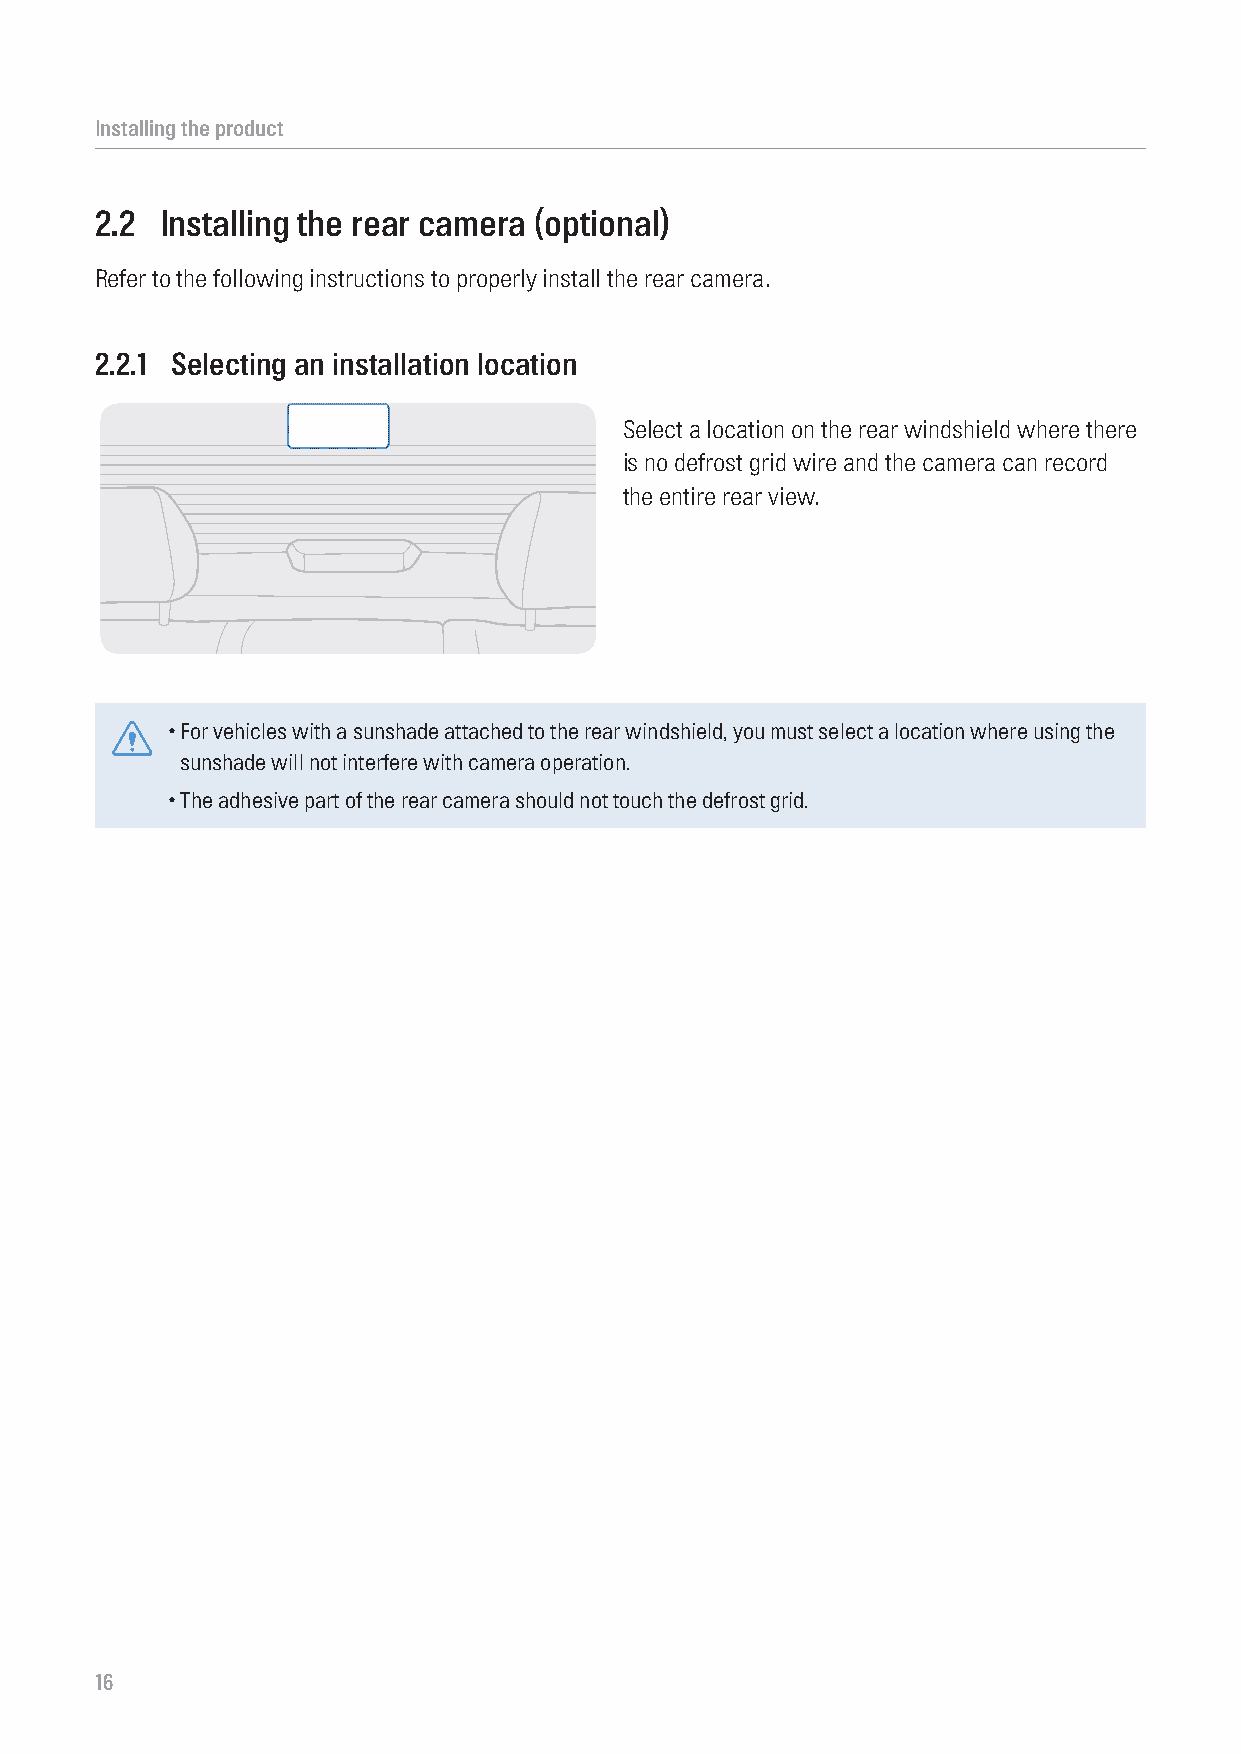
Installing the product
 2.2  Installing the rear camera (optional)
 Refer to the following instructions to properly install the rear camera.
 2.2.1 Selecting an installation location
 Select a location on the rear windshield where there
 is no defrost grid wire and the camera can record
 the entire rear view.
 • For vehicles with a sunshade attached to the rear windshield, you must select a location where using the
 sunshade will not interfere with camera operation.
 • The adhesive part of the rear camera should not touch the defrost grid.
 16